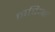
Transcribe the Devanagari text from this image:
नदिआ